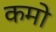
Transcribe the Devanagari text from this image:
कमो